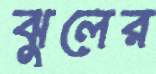
ঝুলের